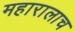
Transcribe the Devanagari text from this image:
महारालाच